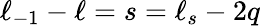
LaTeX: \ell_{-1}-\ell=s=\ell_{s}-2q